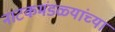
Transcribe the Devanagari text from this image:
नाटकमंडळ्यांच्या